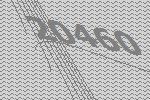
20460